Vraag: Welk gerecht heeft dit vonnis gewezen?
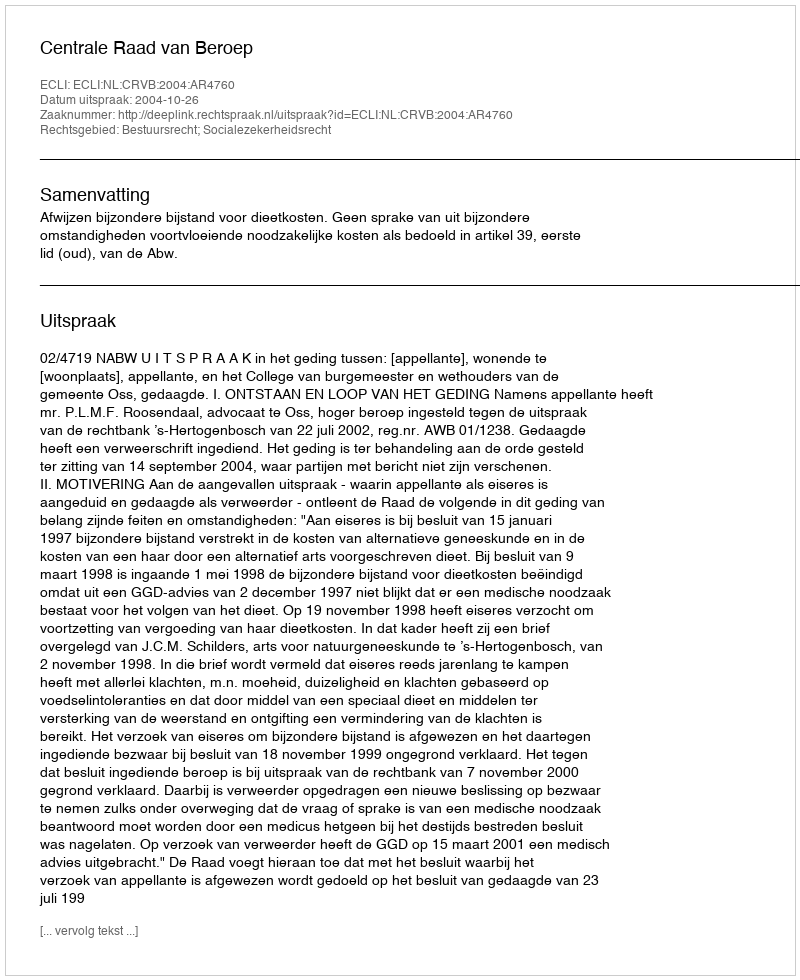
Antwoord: Centrale Raad van Beroep